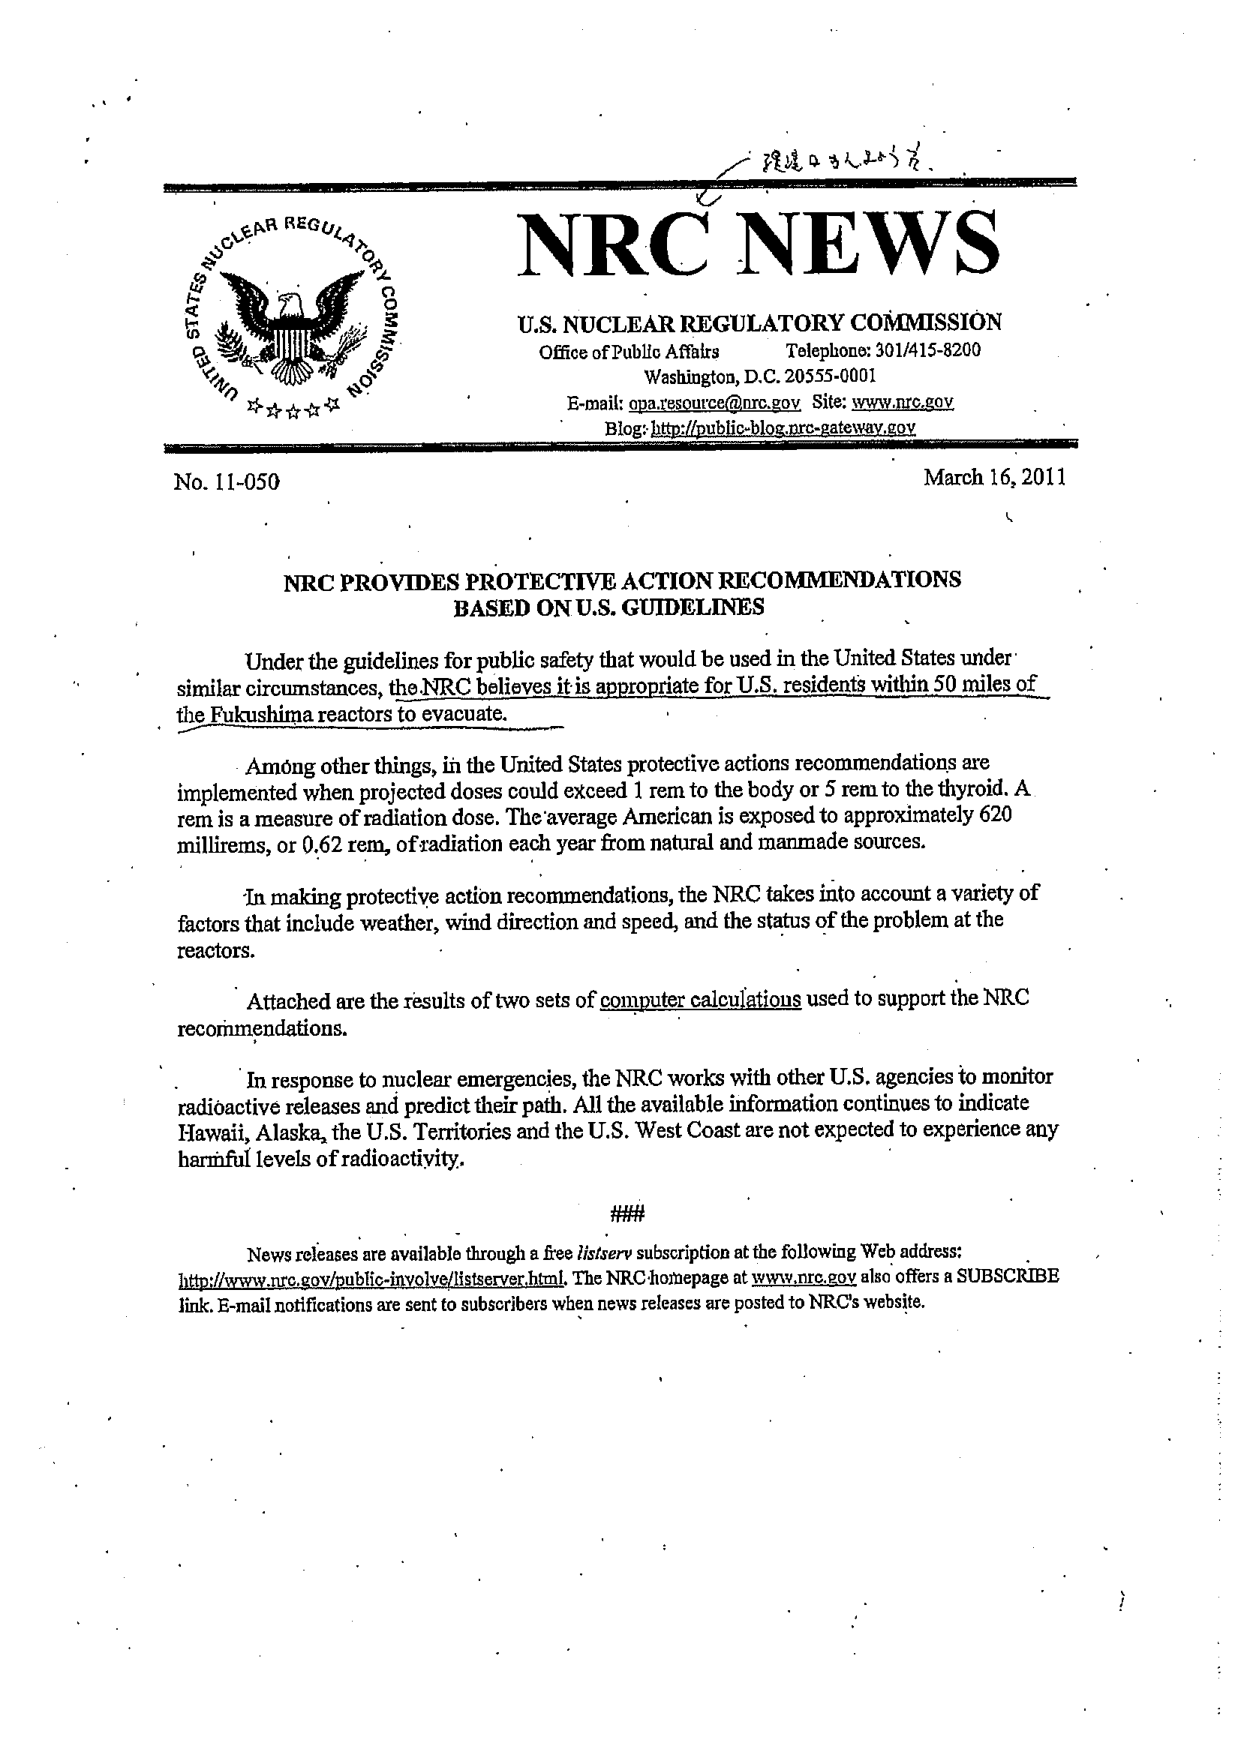
NRC NEWS
U.S. NUCLEAR REGULATORY COMMISSION
Office of Public Affairs Telephone: 301/415-8200
Washington, D.C. 20555-0001
E-mail: opa.resource@nrc.gov Site: www.nrc.gov
Blog: http://public-blog.nrc-gateway.gov

No. 11-050 March 16, 2011

NRC PROVIDES PROTECTIVE ACTION RECOMMENDATIONS
BASED ON U.S. GUIDELINES

Under the guidelines for public safety that would be used in the United States under similar circumstances, the NRC believes it is appropriate for U.S. residents within 50 miles of the Fukushima reactors to evacuate.

Among other things, in the United States protective actions recommendations are implemented when projected doses could exceed 1 rem to the body or 5 rem to the thyroid. A rem is a measure of radiation dose. The average American is exposed to approximately 620 millirems, or 0.62 rem, of radiation each year from natural and manmade sources.

In making protective action recommendations, the NRC takes into account a variety of factors that include weather, wind direction and speed, and the status of the problem at the reactors.

Attached are the results of two sets of computer calculations used to support the NRC recommendations.

In response to nuclear emergencies, the NRC works with other U.S. agencies to monitor radioactive releases and predict their path. All the available information continues to indicate Hawaii, Alaska, the U.S. Territories and the U.S. West Coast are not expected to experience any harmful levels of radioactivity.

####

News releases are available through a free listserv subscription at the following Web address:
http://www.nrc.gov/public-involve/listserv.html. The NRC homepage at www.nrc.gov also offers a SUBSCRIBE link. E-mail notifications are sent to subscribers when news releases are posted to NRC's website.

UNITED STATES NUCLEAR REGULATORY COMMISSION
(Seal with eagle and shield)

(Handwritten note at top right: "復帰はお人好し")